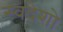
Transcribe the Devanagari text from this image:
स्वदेशो